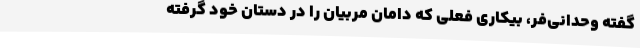
گفته وحدانی‌فر، بیکاری فعلی که دامان مربیان را در دستان خود گرفته